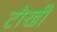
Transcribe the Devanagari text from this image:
टोखी